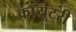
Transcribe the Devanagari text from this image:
कंप्यूटरी